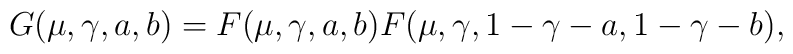
G(\mu,\gamma,a,b)=F(\mu,\gamma,a,b)F(\mu,\gamma,1-\gamma-a,1-\gamma-b),